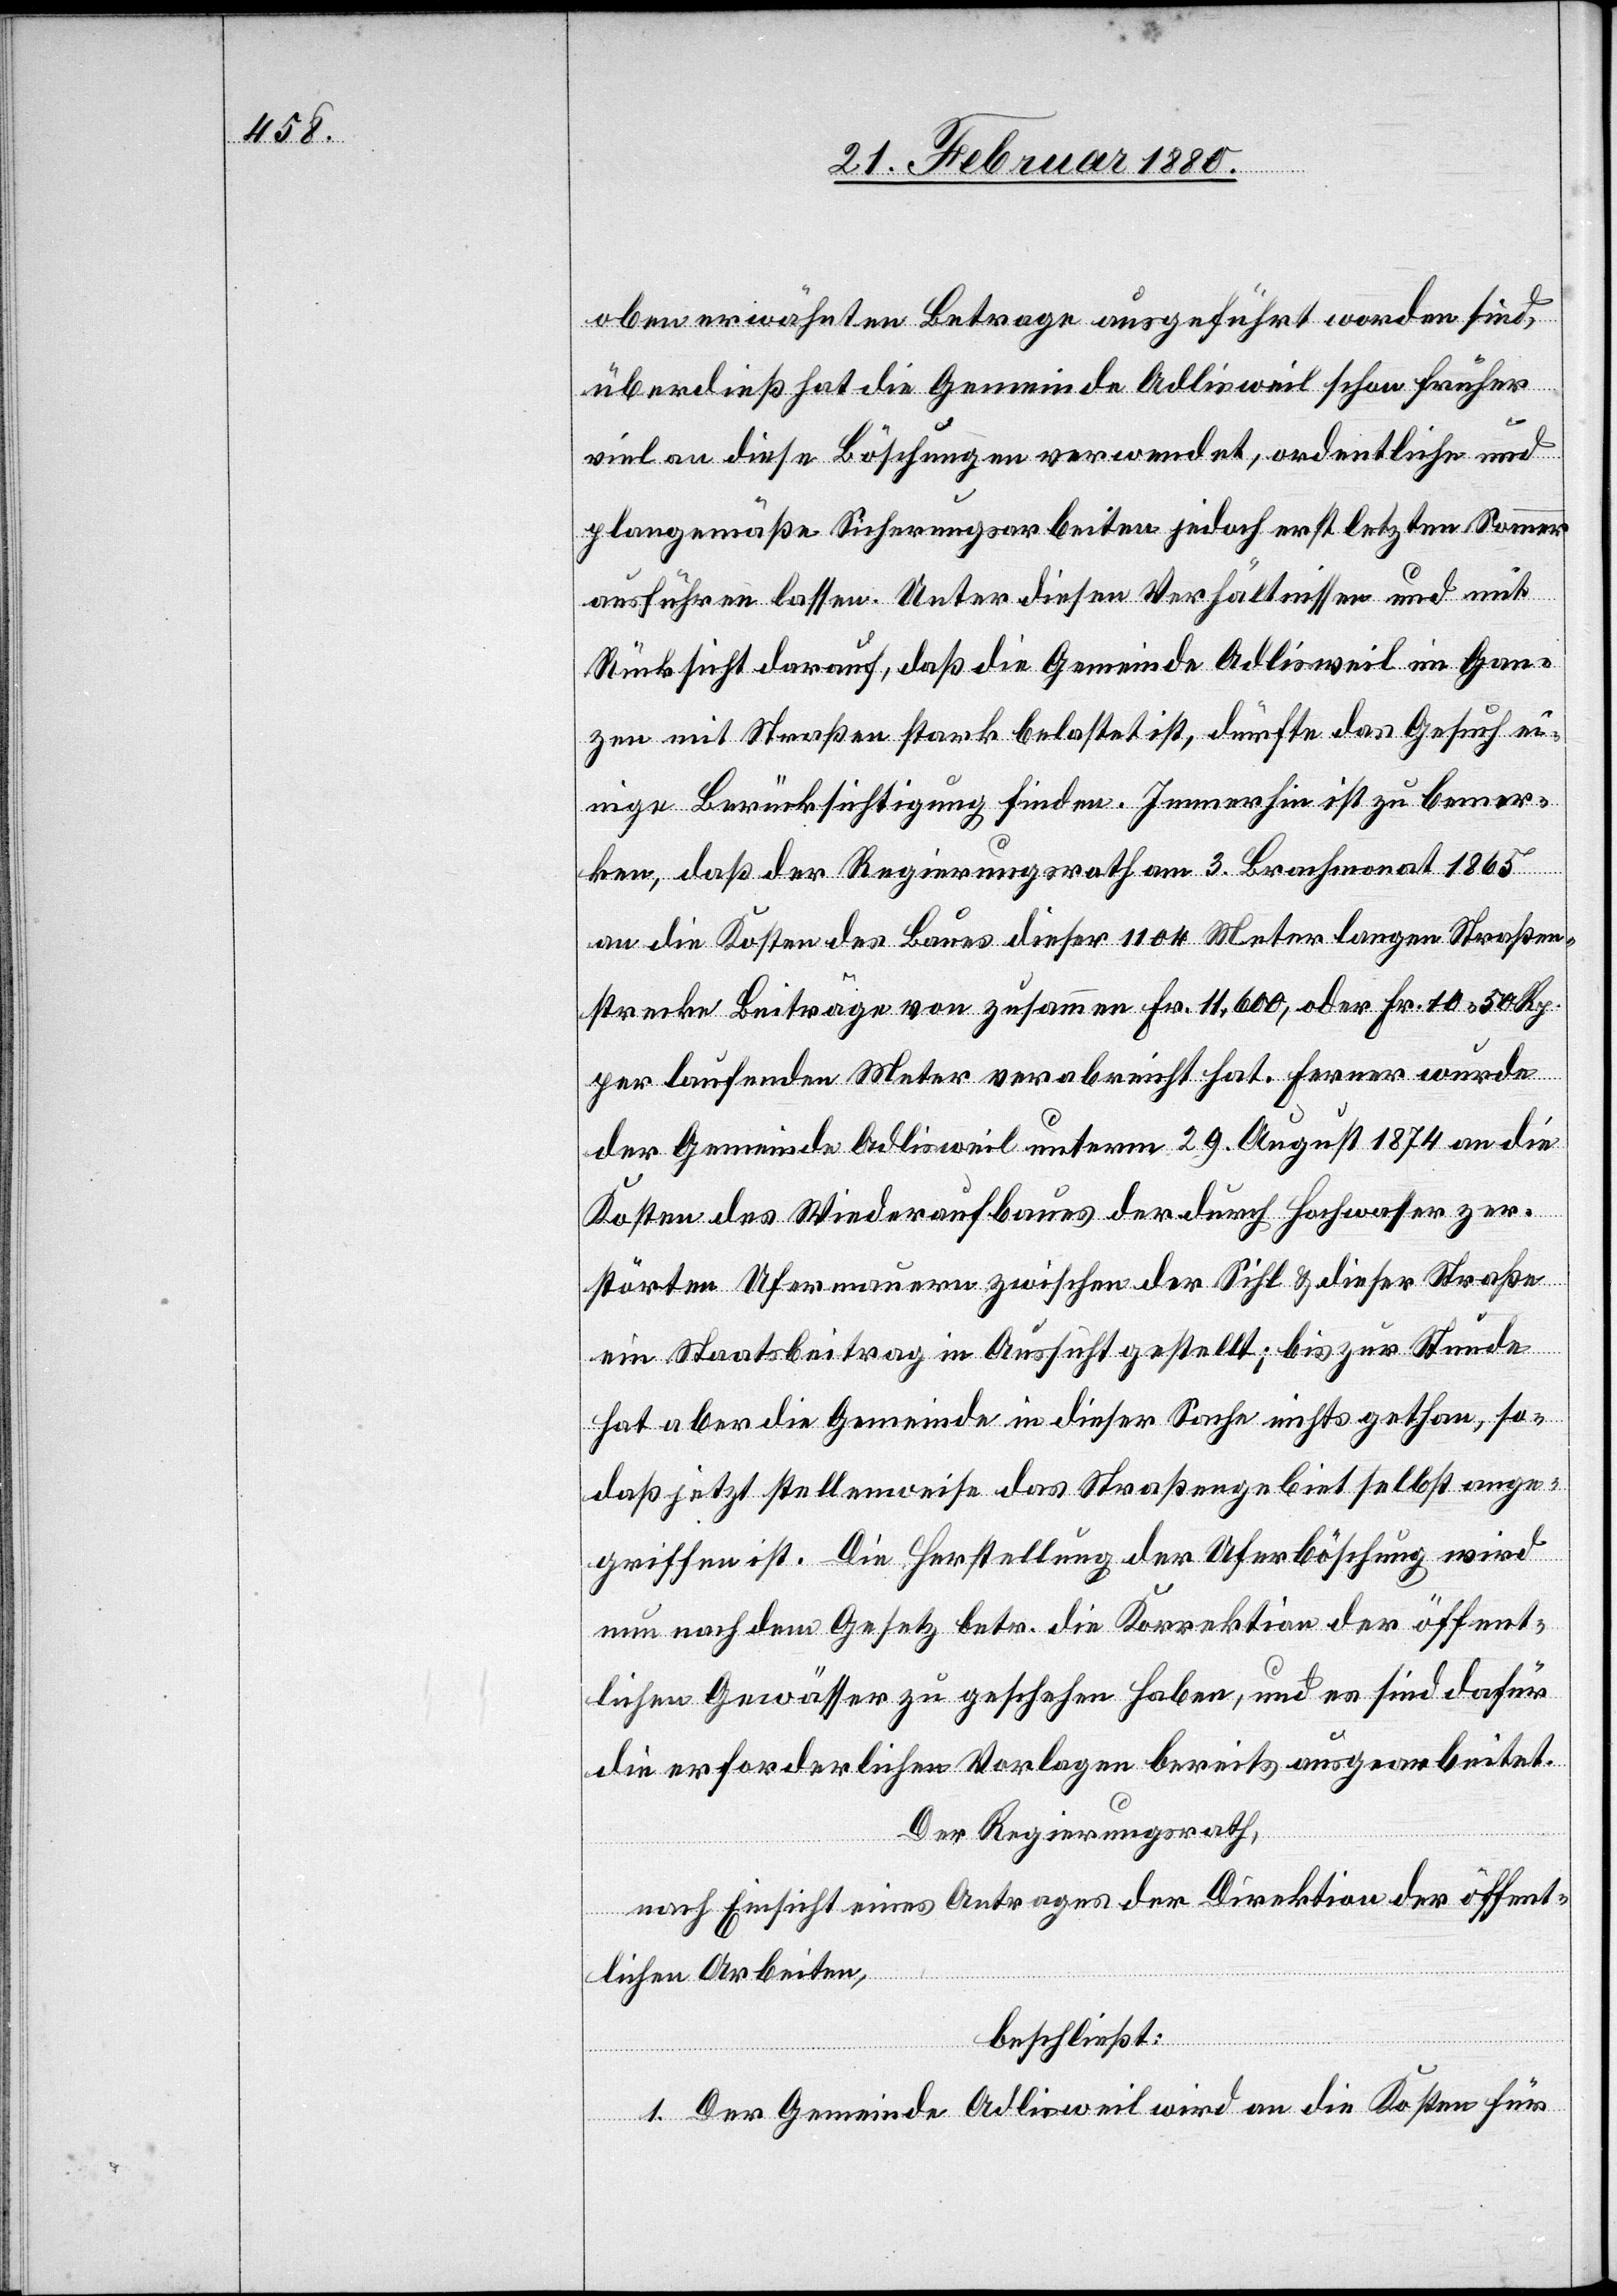
oben erwähnten Betrage ausgeführt worden sind,
überdieß hat die Gemeinde Adlisweil schon früher
viel an diese Böschung verwendet, ordentliche und
plangemäße Sicherungsarbeiten jedoch erst letzten Sommer
ausführen lassen. Unter diesen Verhältnissen und mit
Rücksicht darauf, daß die Gemeinde Adlisweil im Gan¬
zen mit Straßen stark belastet ist, dürfte das Gesuch ei¬
nige Berücksichtigung finden. Immerhin ist zu bemer¬
ken, daß der Regierungsrath am 3. Brachmonat 1865
an die Kosten des Baues dieser 1104 Meter langen Straßen¬
strecke Beiträge von zusammen Fr. 11, 600, oder Fr. 10, 50 Rp.
per laufenden Meter verabreicht hat. Ferner wurde
der Gemeinde Adlisweil unterm 29. August 1874 an die
Kosten des Wiederaufbaues der durch Hochwasser zer¬
störten Ufermauern zwischen der Sihl & dieser Straße
die
ein Staatsbeitrag in Aussicht gestellt; bis zur Stunde
hat aber die Gemeinde in dieser Sache nichts gethan, so¬
daß jetzt stellenweise das Straßengebiet selbst ange¬
griffen ist. Die Herstellung der Uferböschung wird
nun nach dem Gesetz betr. die Korrektion der öffent¬
lichen Gewässer zu geschehen haben, und es sind dafür
die erforderlichen Vorlagen bereits ausgearbeitet.
Der Regierungsrath,
nach Einsicht eines Antrages der Direktion der öffent¬
lichen Arbeiten,
beschließt:
1. Der Gemeinde Adlisweil wird an die Kosten für